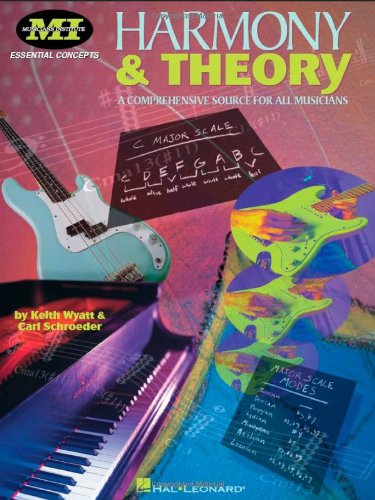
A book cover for Harmony and Theory: A Comprehensive Source for All Musicians (Essential Concepts (Musicians Institute).); Carl Schroeder; Arts & Photography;